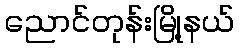
ညောင်တုန်းမြို့နယ်